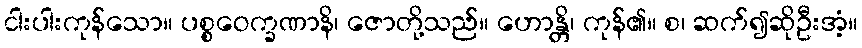
ငါးပါးကုန်သော။ ပစ္စဝေက္ခဏာနိ၊ ဇောတို့သည်။ ဟောန္တိ၊ ကုန်၏။ စ၊ ဆက်၍ဆိုဦးအံ့။